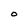
Character: O